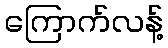
ကြောက်လန့်